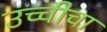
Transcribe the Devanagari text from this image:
उच्चीचा